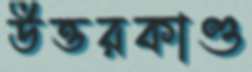
উত্তরকাণ্ড